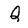
Character: Q